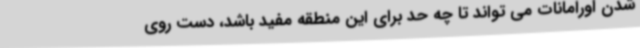
شدن اورامانات می تواند تا چه حد برای این منطقه مفید باشد، دست روی